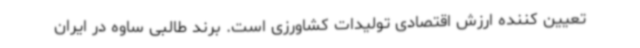
تعیین کننده ارزش اقتصادی تولیدات کشاورزی است. برند طالبی ساوه در ایران